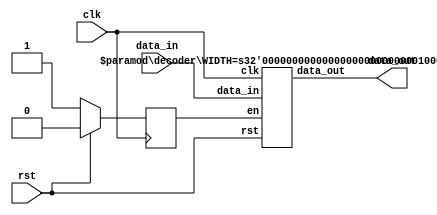
`timescale 1ns / 1ps

module decoder_top #(parameter WIDTH=32) (clk,rst,data_in,data_out);
    input clk;
    input rst;
    input [WIDTH-1:0] data_in;
    output [WIDTH-1:0] data_out;

    reg enable;
    wire [WIDTH-1:0] d_out;
    
    always @ (posedge clk) begin
        if (rst)
            enable <= 0;
        else
            enable <= 1;
    end

    decoder #(.WIDTH(WIDTH)) decoder_inst (.clk(clk),.rst(rst),.data_in(data_in),.data_out(d_out),.en(enable));

    assign data_out=d_out;
endmodule


module decoder #(parameter WIDTH=32)(
    input [WIDTH-1:0] data_in,
    input en,
    input rst,
    input clk,
    output reg [WIDTH-1:0] data_out
    );
    reg [WIDTH-1:0 ] data_out_w;
    
    always @ (posedge clk) begin
        if (rst)
            data_out <= 0;
        else
            if (!en)
                data_out <= 0;
            else
                data_out <= data_out_w;
    end
    
    always @ (data_in) begin
        case(data_in[2:0])
            3'b000: data_out_w = 32'd11111110;
            3'b001: data_out_w = 32'd11111101;
            3'b010: data_out_w = 32'd11111011;
            3'b011: data_out_w = 32'd11110111;
            3'b100: data_out_w = 32'd11101111;
            3'b101: data_out_w = 32'd11011111;
            3'b110: data_out_w = 32'd10111111;
            3'b111: data_out_w = 32'd01111111;

            default: data_out_w = 32'd11111111;
         endcase
    end
    
endmodule